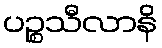
ပဉ္စသီလာနိ